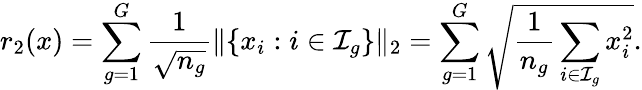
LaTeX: r_{2}(x)=\sum_{g=1}^{G}\frac{1}{\sqrt{n_{g}}}\| \{ x_{i}:i\in\mathcal{I}_{g}\} \| _{2}=\sum_{g=1}^{G}\sqrt{\frac{1}{n_{g}}\sum_{i\in\mathcal{I}_{g}}x_{i}^{2}}.